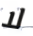
لا